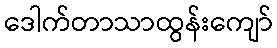
ဒေါက်တာသာထွန်းကျော်